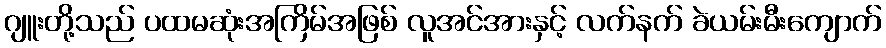
ဂျူးတို့သည် ပထမဆုံးအကြိမ်အဖြစ် လူအင်အားနှင့် လက်နက် ခဲယမ်းမီးကျောက်